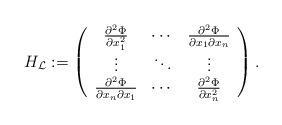
LaTeX: \begin{align*}H_{\mathcal{L}}:=\left(\begin{array}{ccc}\frac{\partial^2 \Phi}{\partial x_1^2} & \cdots & \frac{\partial^2 \Phi}{\partial x_1\partial x_n} \\\vdots & \ddots & \vdots \\\frac{\partial^2 \Phi}{\partial x_n\partial x_1} & \cdots & \frac{\partial^2 \Phi}{\partial x_n^2} \end{array}\right).\end{align*}